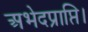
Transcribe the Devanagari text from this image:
अभेदप्राप्ति।